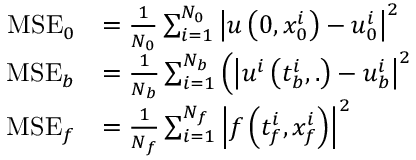
\begin{array} { r l } { \mathrm { M S E } _ { 0 } } & { = \frac { 1 } { N _ { 0 } } \sum _ { i = 1 } ^ { N _ { 0 } } \left| u \left( 0 , x _ { 0 } ^ { i } \right) - u _ { 0 } ^ { i } \right| ^ { 2 } } \\ { \mathrm { M S E } _ { b } } & { = \frac { 1 } { N _ { b } } \sum _ { i = 1 } ^ { N _ { b } } \left( \left| u ^ { i } \left( t _ { b } ^ { i } , . \right) - u _ { b } ^ { i } \right| ^ { 2 } \right. } \\ { \mathrm { M S E } _ { f } } & { = \frac { 1 } { N _ { f } } \sum _ { i = 1 } ^ { N _ { f } } \left| f \left( t _ { f } ^ { i } , x _ { f } ^ { i } \right) \right| ^ { 2 } } \end{array}